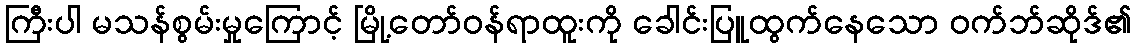
ကြီးပါ မသန်စွမ်းမှုကြောင့် မြို့တော်ဝန်ရာထူးကို ခေါင်းပြူထွက်နေသော ဝက်ဘ်ဆိုဒ်၏